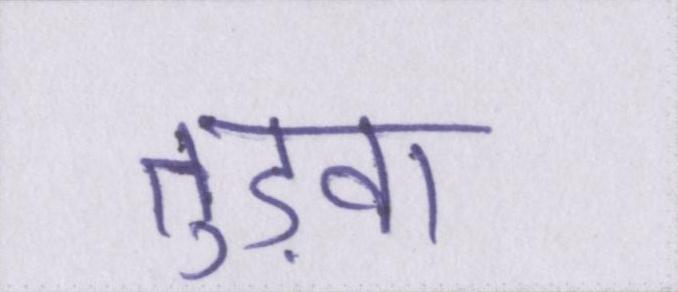
तुड़वा